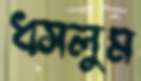
ধসলুম